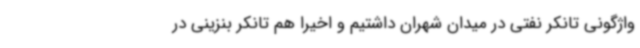
واژگونی تانکر نفتی در میدان شهران داشتیم و اخیرا هم تانکر بنزینی در